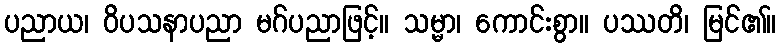
ပညာယ၊ ဝိပသနာပညာ မဂ်ပညာဖြင့်။ သမ္မာ၊ ကောင်းစွာ။ ပဿတိ၊ မြင်၏။